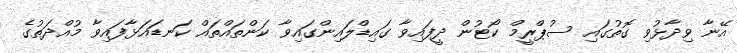
އޭނާ ވިދާޅުވި ގޮތުގައި ސުޕްރީމް ކޯޓުން ދީފައިވާ ގައިޑްލައިންގައިވާ ކަންތައްތައް ކަނޑައަޅާފައިވާ މުއްދަތުގެ